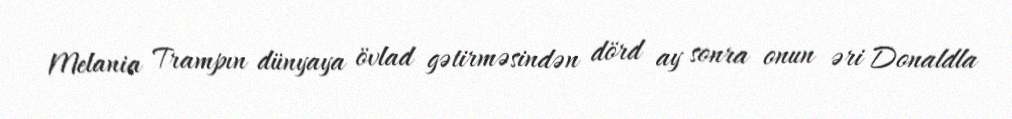
Melania Trampın dünyaya övlad gətirməsindən dörd ay sonra onun əri Donaldla